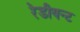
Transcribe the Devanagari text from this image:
रेडीयन्ट